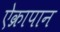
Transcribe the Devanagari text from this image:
ऐक्रापान